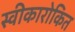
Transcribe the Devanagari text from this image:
स्वीकारोकित